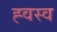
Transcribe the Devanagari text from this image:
ह्वस्व